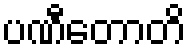
ပဏီတောတိ